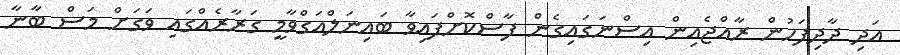
އަދި ދާދިފަހުން ރާއްޖެއިން އިސްނަގައިގެން ފާސްކޮށްފައިވާ ބައިނަލްއަގްވާމީ ގަރާރެއްގައި ވަގަށް މަސް ބާނާ